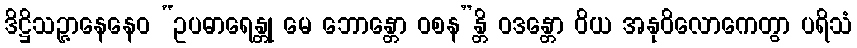
ဒိဋ္ဌိသဉ္ဇာနေနေဝ “ဥပဓာရေန္တု မေ ဘောန္တော ဝစန”န္တိ ဝဒန္တော ဝိယ အနုဝိလောကေတွာ ပရိသံ